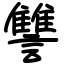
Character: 讐